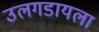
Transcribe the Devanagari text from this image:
उलगडायला